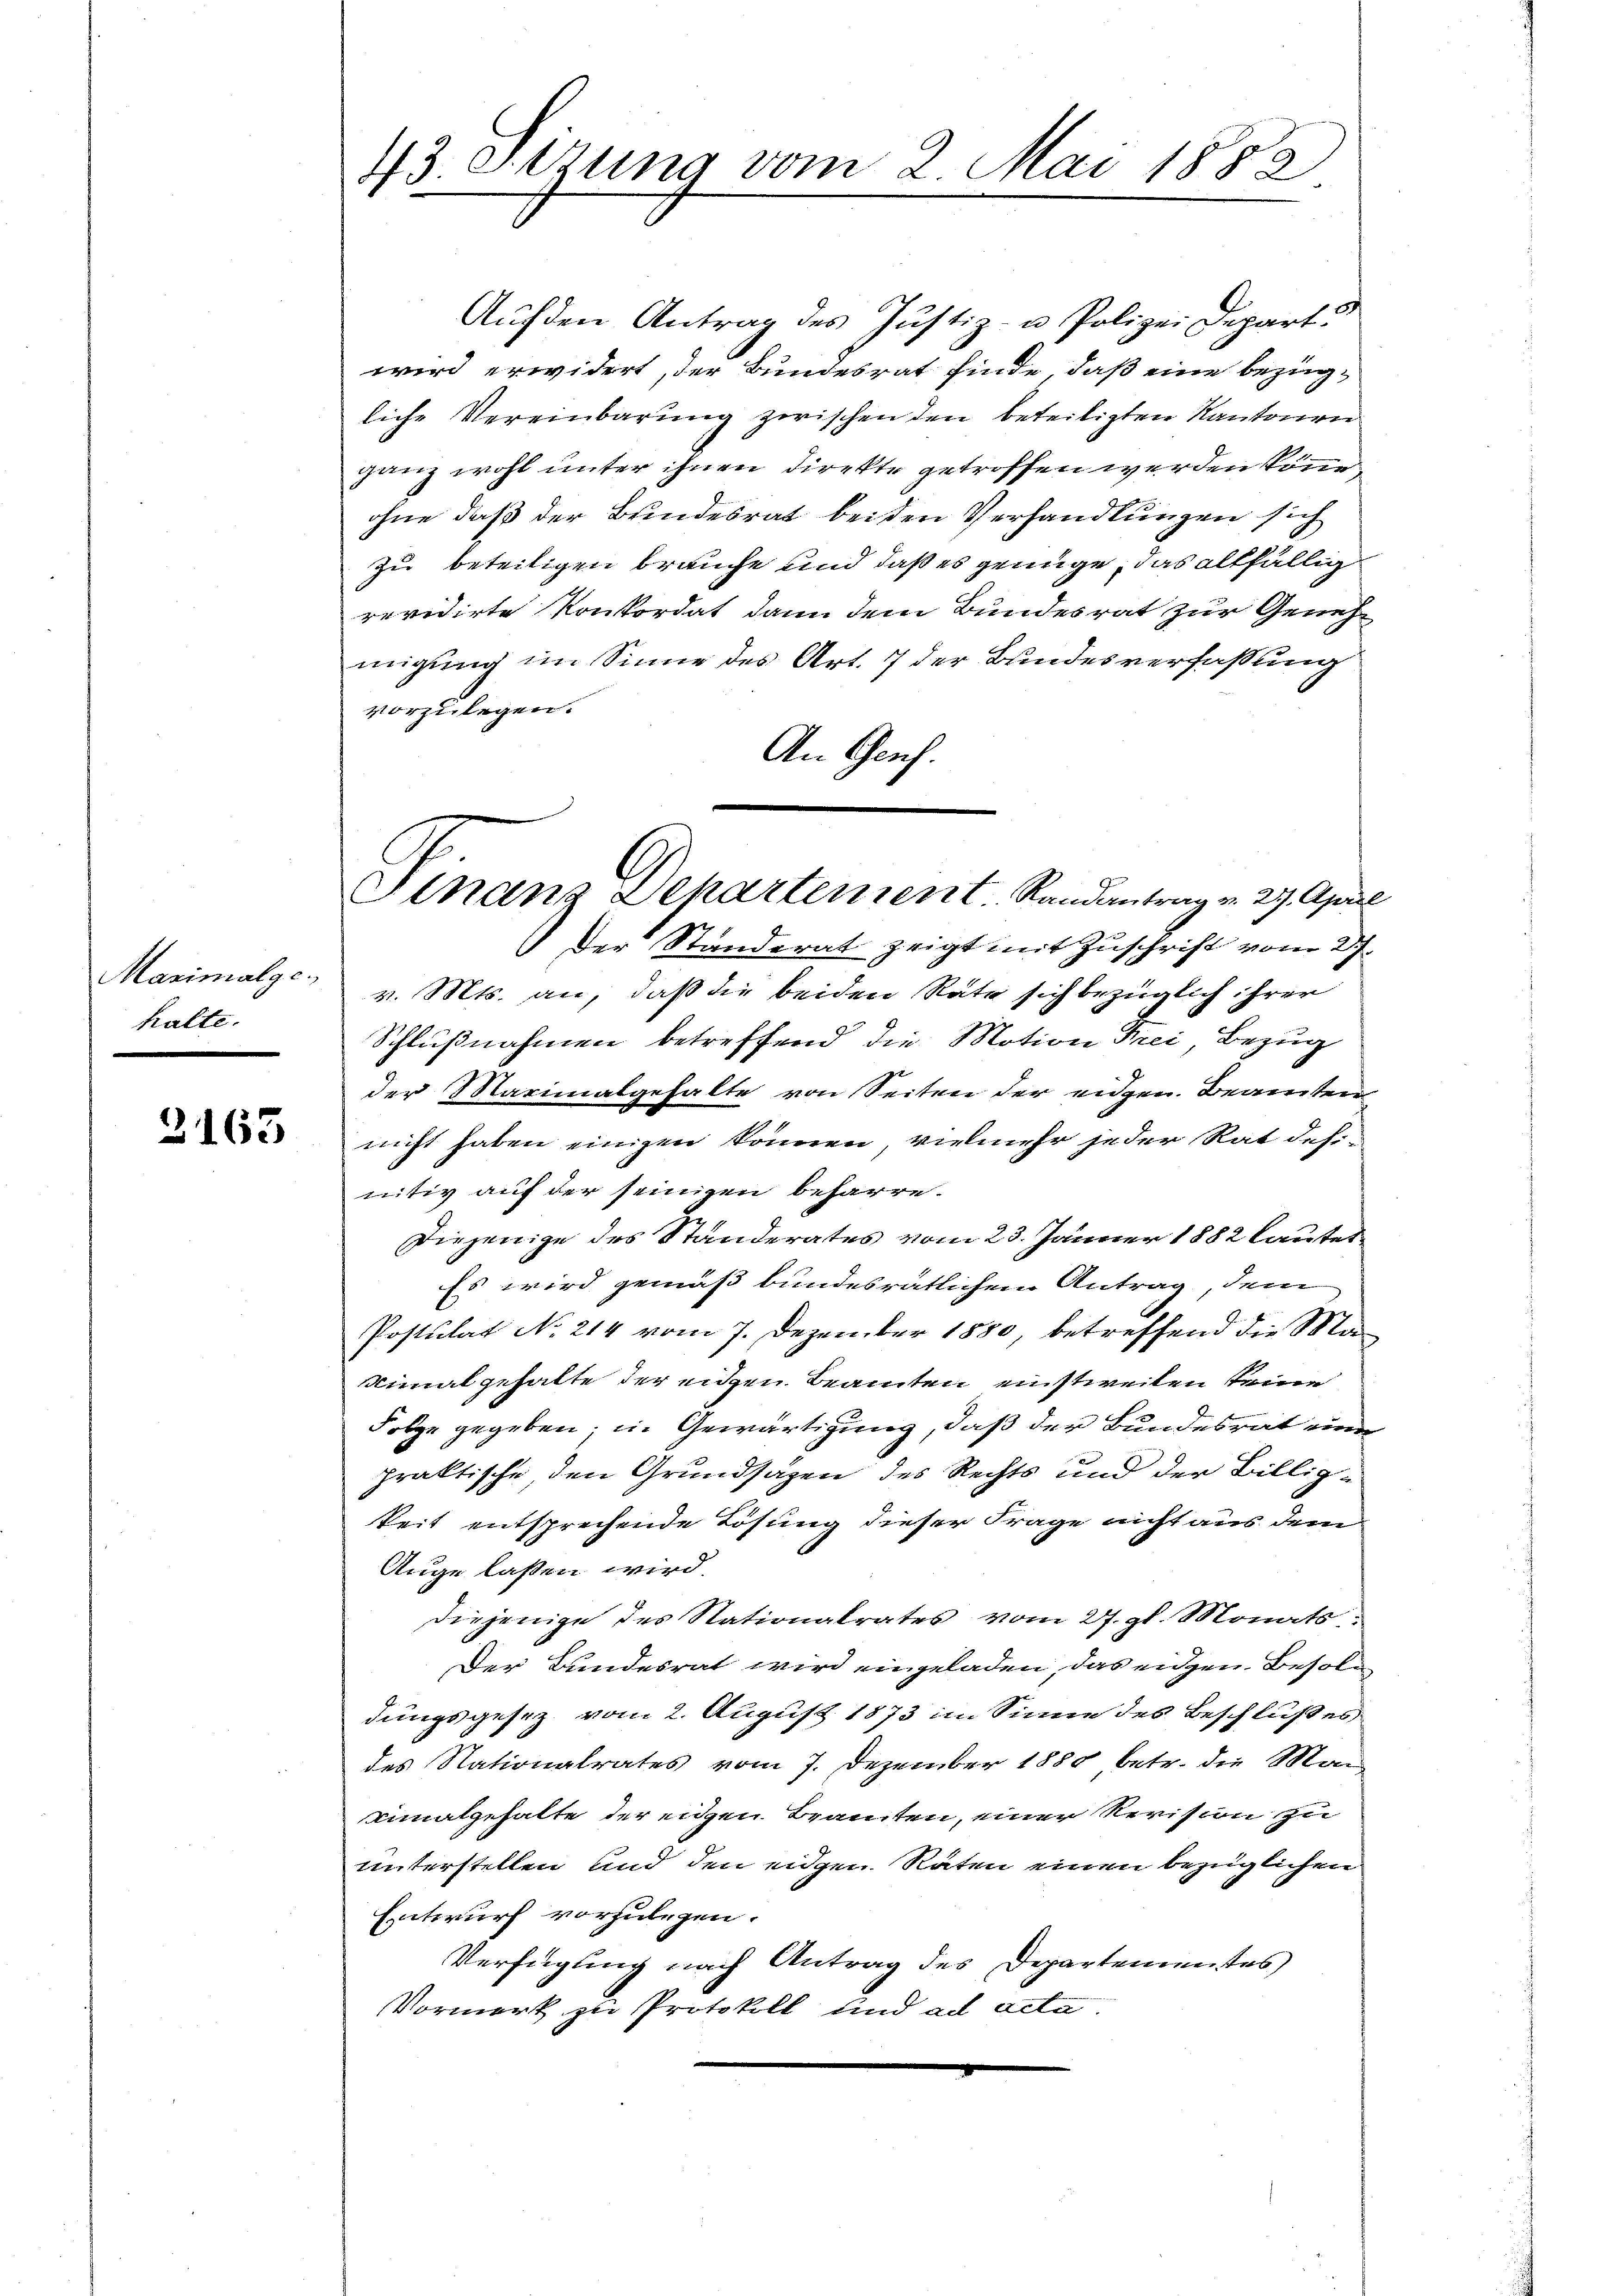
Maximalge
halte.

3163

43 Stzung vom 2. Mai 1882

Sinanz Dehartement. Randantrag v. 27. April
Der Standerat zeigt mit Zuschrift vom 27.

Auf den Antrag des Justiz- u. Polizei Depart.
wird erwidert, der Bundesrat finde, daß eine bezügliche Vereinbarung zwischen den beteiligten Kantonen
ganz wohl unter ihnen Direkte getroffen werden könne
ohne daß der Bundesrat beiden Verhandlungen sich
zu beteiligen brauche und daß es genüge, das allfällig
revidirte Konkordat dann dem Bundesrat zur Genehmigung im Sinne des Art. 7 der Bundesverfaßung
vorzulegen.
An Genf.
v. Mts. an, daß die beiden Räte sich bezüglich ihrer
Schlußnahmen betreffend die Motion Frei Bezug
der Marinalgehalte von Seiten der eidgen. Beamten
nicht haben einigen können, vielmehr jeder Rat dehi-
nitiv auf der seinigen beharre.
Diejenige des Standerates vom 23. Jänner 1882 lautet
Es wird gemäß bundesrätlichem Antrag, dem
Postulat No. 214 vom 7. Dezember 1880, betreffend die Ma
Nimal gehalte der eigen Beamten einstweilen seine
Folge gegeben; in Gewärtigung, daß der Bundesrat eine
praktische, den Grundsazen des Rechts und der Billigkeit entsprechende Lösung dieser Frage nicht aus dem
Auge lassen wird
Diejenige des Stationalrates vom 27. gl. Monats:
Der Bundesrat wird eingeladen, das eidgen Besol
dungsgesez vom 2. August 1873 im Sinne des Beschlußes
des Nationalrates vom 7. Dezember 1880 betr. die Mai,
minalgehalte der eigen Beamten, einer Revision zu
unterstellen und den eigen Räten einen bezüglichen
Entwurf vorzulegen.
Verfügung nach Antrag des Departementes
Vormerk zu Protokoll und ad acta.